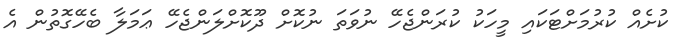
ކުށެއް ކުރުމަށްޓަކައި މީހަކު ކުރަންޖެހޭ ނުވަތަ ނުކޮށް ދޫކޮށްލަންޖެހޭ ޢަމަލާ ބެހޭގޮތުން އެ